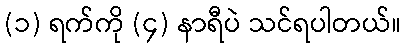
(၁) ရက်ကို (၄) နာရီပဲ သင်ရပါတယ်။